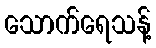
သောက်ရေသန့်